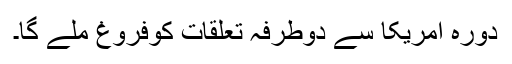
دورہ امریکا سے دوطرفہ تعلقات کوفروغ ملے گا۔